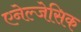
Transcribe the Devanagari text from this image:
एनेल्जेसिक